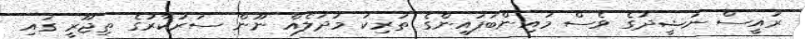
ރައީސް ނަޝީދުގެ ވެސް މައިންބަފައިންގެ ތަރިކަ މުދަލެއް ނޫން ސަރުކާރުގެ ތިޖޫރީ ގައި